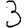
Digit: 3